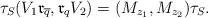
LaTeX: \begin{align*} \tau_S(V_1\mathfrak r_{\overline q},\mathfrak r_{q} V_2)=(M_{z_1},M_{z_2})\tau_S. \end{align*}